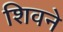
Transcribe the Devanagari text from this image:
शिवने